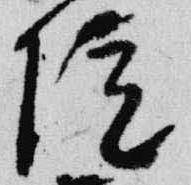
院